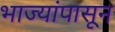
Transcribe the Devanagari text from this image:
भाज्यांपासून